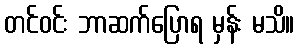
တင်ဝင်း ဘာဆက်ပြောရ မှန်း မသိ။